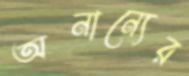
অনান্যের